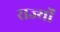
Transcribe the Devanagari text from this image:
राज्योंं